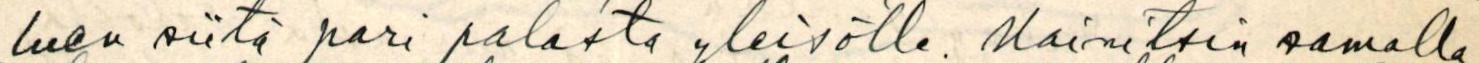
luen siitä pari palasta yleisölle. Mainitsin samalla